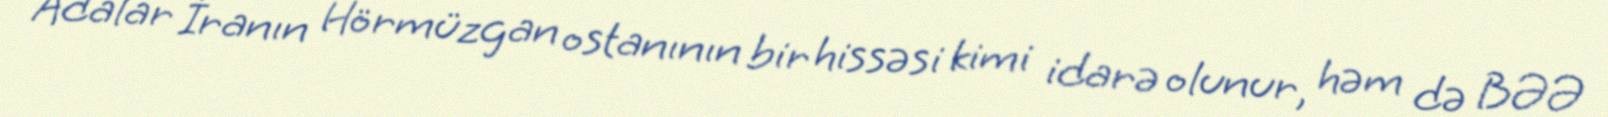
Adalar İranın Hörmüzgan ostanının bir hissəsi kimi idarə olunur, həm də BƏƏ